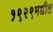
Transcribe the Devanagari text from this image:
१९२९मधील